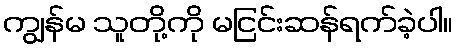
ကျွန်မ သူတို့ကို မငြင်းဆန်ရက်ခဲ့ပါ။